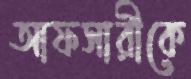
আফসারীকে